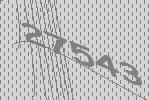
27543